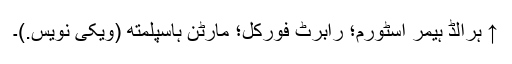
↑ ہرالڈ ہیمر اسٹورم؛ رابرٹ فورکل؛ مارٹن ہاسپلمتھ (ویکی نویس.)۔